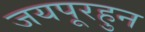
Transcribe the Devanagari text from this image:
जयपूरहुन